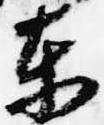
東